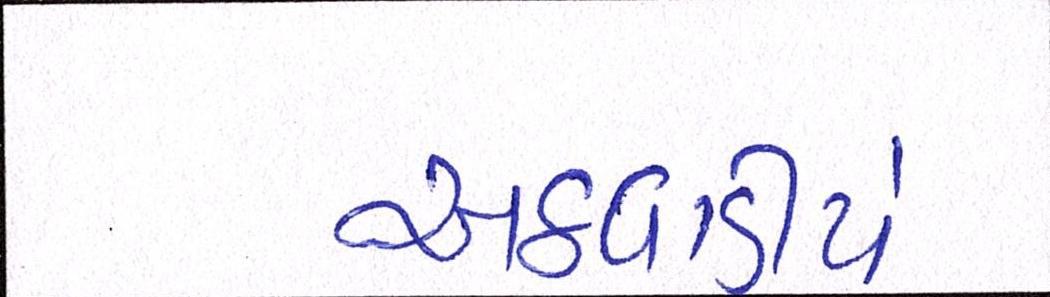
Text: અઠવાડીયે